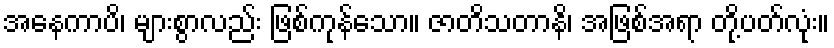
အနေကာပိ၊ များစွာလည်း ဖြစ်ကုန်သော။ ဇာတိသတာနိ၊ အဖြစ်အရာ တို့ပတ်လုံး။